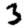
Digit: 3